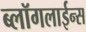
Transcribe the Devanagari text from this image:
ब्लॉगलाईन्स